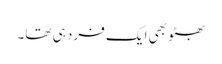
بھٹو بھی ایک فرد ہی تھا۔